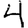
Digit: 4